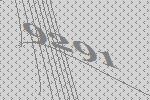
9291